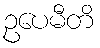
ဥပေမီတိ